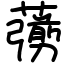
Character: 𦿶